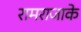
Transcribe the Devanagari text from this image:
रामराजाके